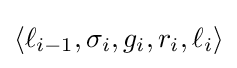
\langle \ell _{i-1},\sigma _{i},g_{i},r_{i},\ell _{i}\rangle